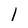
Character: 1